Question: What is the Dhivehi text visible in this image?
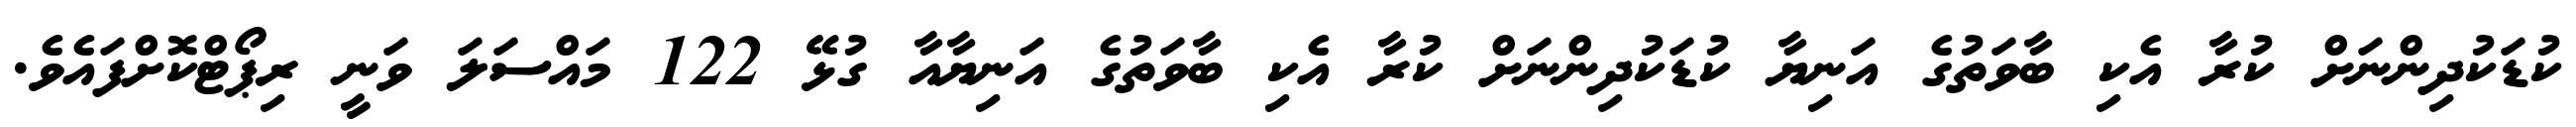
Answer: ކުޑަކުދިންނަށް ކުރާ އެކި ބާވަތުގެ އަނިޔާ ކުޑަކުދިންނަށް ކުރާ އެކި ބާވަތުގެ އަނިޔާއާ ގުޅޭ 122 މައްސަލަ ވަނީ ރިޕޯޓްކޮށްފައެވެ.